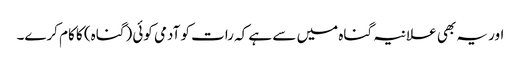
اور یہ بھی علانیہ گناہ میں سے ہے کہ رات کو آدمی کوئی (گناہ) کا کام کرے۔